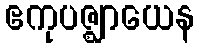
ဧကုပဇ္ဈာယေန